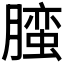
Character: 𰯛